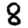
Digit: 8